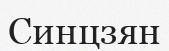
Синцзян